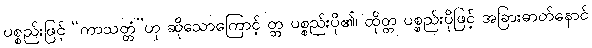
ပစ္စည်းဖြင့် “ကာသတ္တံ”ဟု ဆိုသောကြောင့် တ္တ ပစ္စည်းပို၏၊ ထိုတ္တ ပစ္စည်းပိုဖြင့် အခြားဓာတ်နောင်